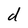
Character: d